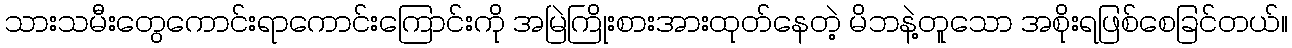
သားသမီးတွေကောင်းရာကောင်းကြောင်းကို အမြဲကြိုးစားအားထုတ်နေတဲ့ မိဘနဲ့တူသော အစိုးရဖြစ်စေခြင်တယ်။